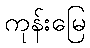
ကုန်းမြေ